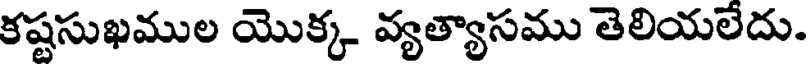
కష్టసుఖముల యొక్క వ్యత్యాసము తెలియలేదు.